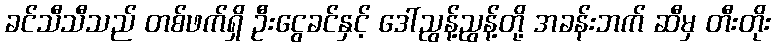
ခင်သီသီသည် တစ်ဖက်ရှိ ဦးငွေခင်နှင့် ဒေါ်ညွန့်ညွန့်တို့ အခန်းဘက် ဆီမှ တီးတိုး